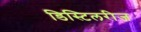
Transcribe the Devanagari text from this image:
डिस्टिलरीज